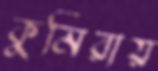
কুমিরায়